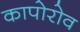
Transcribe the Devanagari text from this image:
कापोरोव